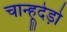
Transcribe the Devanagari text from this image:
चान्हूदेड़ो